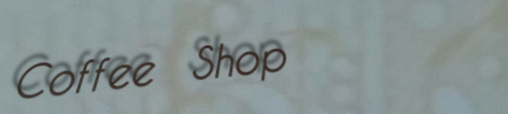
Coffee Shop